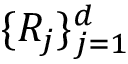
\{ R _ { j } \} _ { j = 1 } ^ { d }